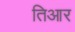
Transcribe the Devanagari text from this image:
तिआर